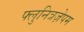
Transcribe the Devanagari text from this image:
फ्लुनित्रज़ेपम